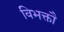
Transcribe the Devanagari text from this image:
विभक्तौ